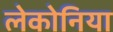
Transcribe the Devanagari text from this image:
लेकोनिया